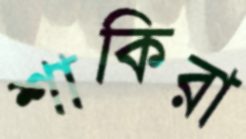
শাকিরা